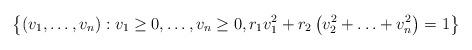
LaTeX: \begin{align*}\left\{ (v_1, \ldots, v_n) : v_1 \geq 0, \ldots, v_n \geq 0, r_1 v_1^2 + r_2 \left( v_2^2 + \ldots + v_n^2 \right) = 1 \right\} \end{align*}